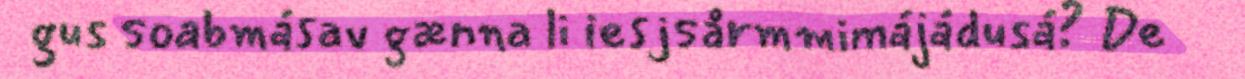
gus soabmásav gænna li iesjsårmmimájádusá? De